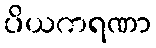
ပိယကရဏာ